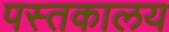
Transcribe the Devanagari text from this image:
पस्तकालय